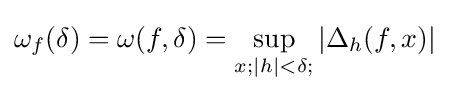
\omega _{f}(\delta )=\omega (f,\delta )=\sup \limits _{x;|h|<\delta ;}\left|\Delta _{h}(f,x)\right|